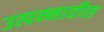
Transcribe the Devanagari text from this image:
उत्पन्‍नातील